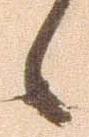
候